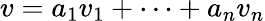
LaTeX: v=a_{1}v_{1}+\cdots+a_{n}v_{n}